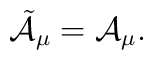
{\tilde{\cal A}}_{\mu} = {\cal A}_{\mu}.